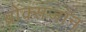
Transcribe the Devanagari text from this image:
ब्रोंक्सजॉन